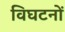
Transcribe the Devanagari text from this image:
विघटनों